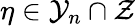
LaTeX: \eta\in\mathcal{Y}_{n}\cap\mathcal{Z}